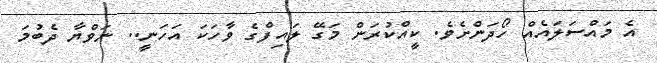
އެ މައްސަލައެއް ހޯދަންށެވެ. ކީއްކުރަން މަގޭ ލައިފްގެ ވާހަކަ އަހަނީ.. ނަވްޔާ ދެބުމަ